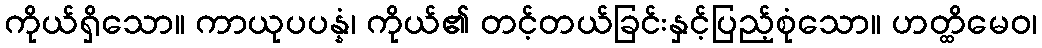
ကိုယ်ရှိသော။ ကာယုပပန္နံ၊ ကိုယ်၏ တင့်တယ်ခြင်းနှင့်ပြည့်စုံသော။ ဟတ္ထိမေဝ၊